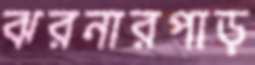
ঝরনারপাড়